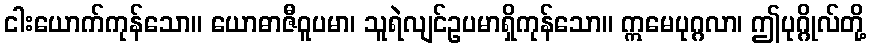
ငါးယောက်ကုန်သော။ ယောဓာဇီဝူပမာ၊ သူရဲလျင်ဥပမာရှိကုန်သော။ ဣမေပုဂ္ဂလာ၊ ဤပုဂ္ဂိုလ်တို့